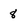
Character: 8